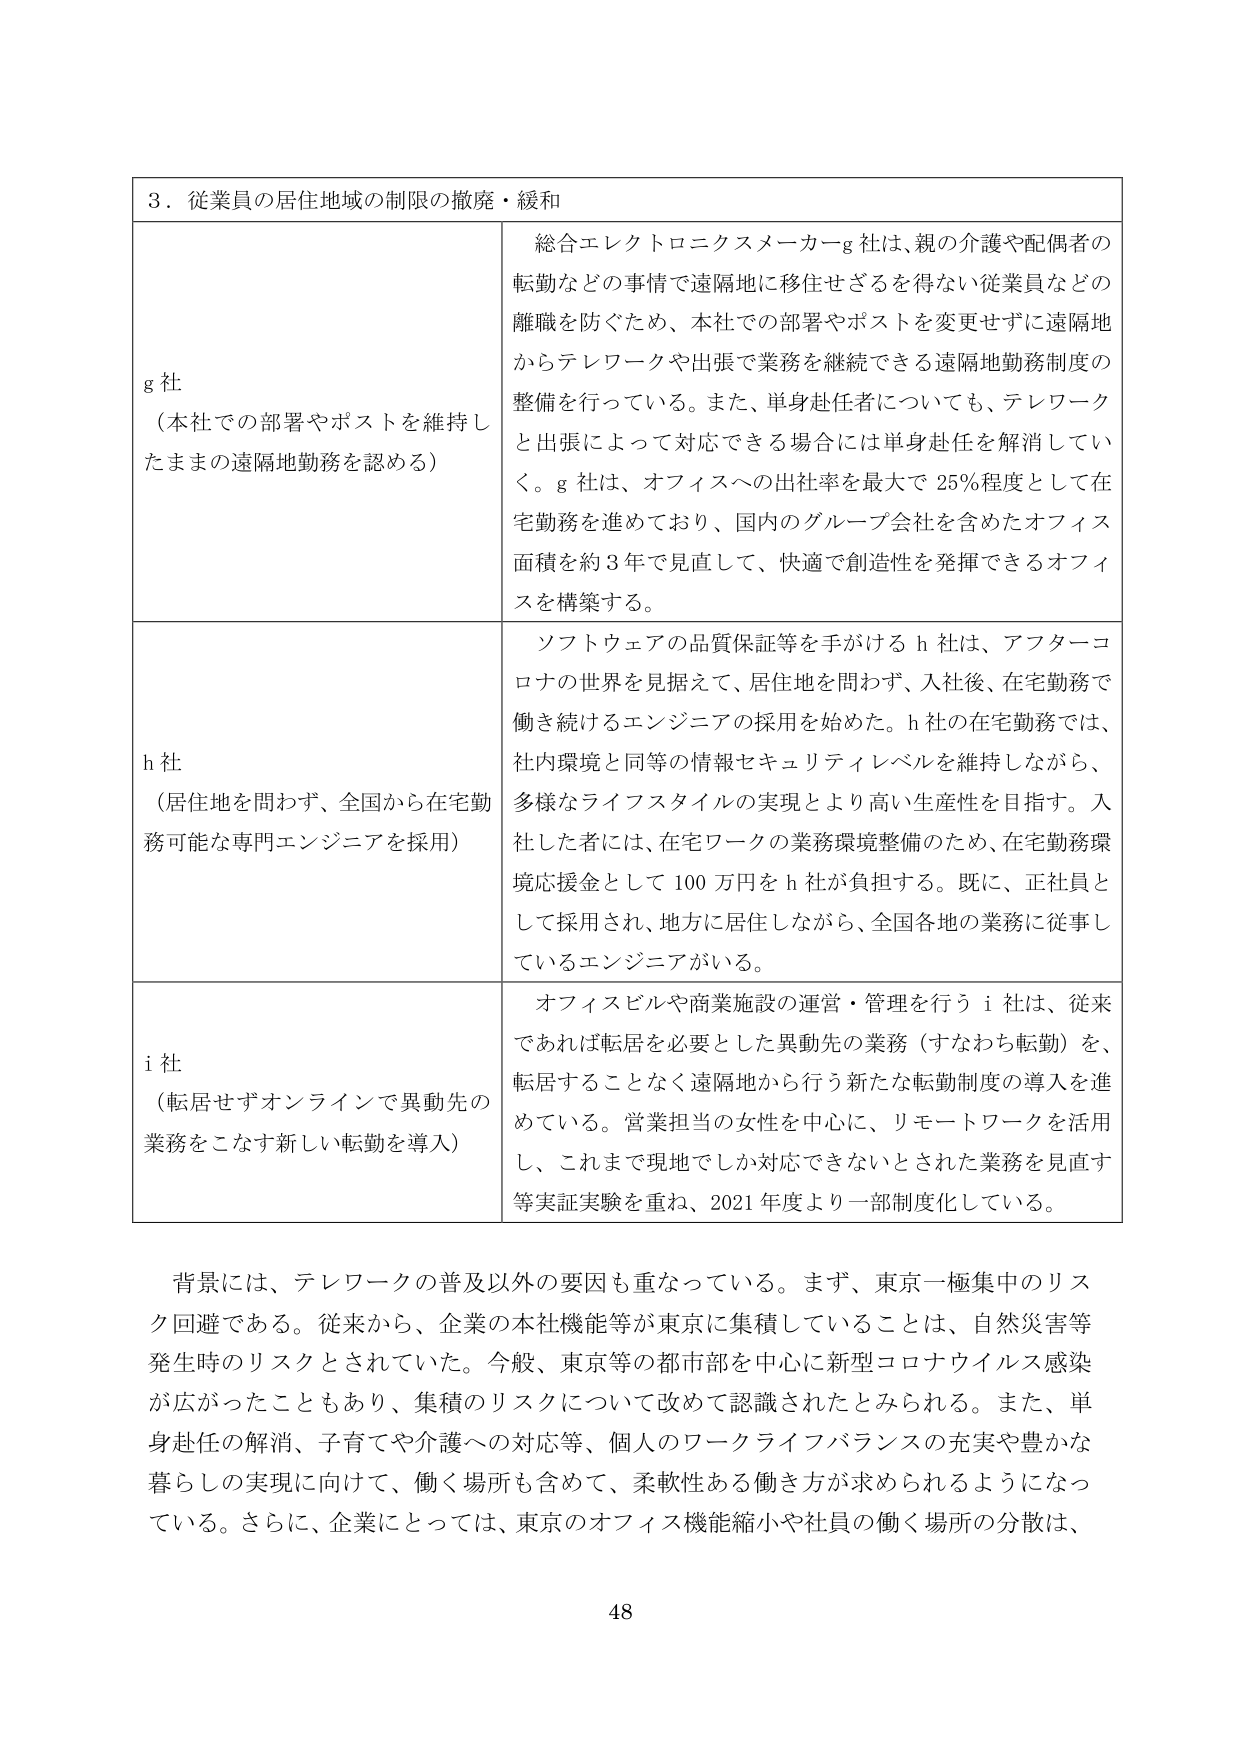
３．従業員の居住地域の制限の撤廃・緩和

g 社
（本社での部署やポストを維持したままの遠隔地勤務を認める）
総合エレクトロニクスメーカーg 社は、親の介護や配偶者の転勤などの事情で遠隔地に移住せざるを得ない従業員などの離職を防ぐため、本社での部署やポストを変更せずに遠隔地からテレワークや出張で業務を継続できる遠隔地勤務制度の整備を行っている。また、単身赴任者についても、テレワークと出張によって対応できる場合には単身赴任を解消していく。g 社は、オフィスへの出社率を最大で 25％程度として在宅勤務を進めており、国内のグループ会社を含めたオフィス面積を約 3 年で見直して、快適で創造性を発揮できるオフィスを構築する。

h 社
（居住地を問わず、全国から在宅勤務可能な専門エンジニアを採用）
ソフトウェアの品質保証等を手がける h 社は、アフターコロナの世界を見据えて、居住地を問わず、入社後、在宅勤務で働き続けるエンジニアの採用を始めた。h 社の在宅勤務では、社内環境と同等の情報セキュリティレベルを維持しながら、多様なライフスタイルの実現とより高い生産性を目指す。入社した者には、在宅ワークの業務環境整備のため、在宅勤務環境応援金として 100 万円を h 社が負担する。既に、正社員として採用され、地方に居住しながら、全国各地の業務に従事しているエンジニアがいる。

i 社
（転居せずオンラインで異動先の業務をこなす新しい転勤を導入）
オフィスビルや商業施設の運営・管理を行う i 社は、従来であれば転居を必要とした異動先の業務（すなわち転勤）を、転居することなく遠隔地から行う新たな転勤制度の導入を進めている。営業担当の女性を中心に、リモートワークを活用し、これまで現地でしか対応できないとされた業務を見直す等実証実験を重ね、2021 年度より一部制度化している。

背景には、テレワークの普及以外の要因も重なっている。まず、東京一極集中のリスク回避である。従来から、企業の本社機能等が東京に集積していることは、自然災害等発生時のリスクとされていた。今般、東京等の都市部を中心に新型コロナウイルス感染が広がったこともあり、集積のリスクについて改めて認識されたとみられる。また、単身赴任の解消、子育てや介護への対応等、個人のワークライフバランスの充実や豊かな暮らしの実現に向けて、働く場所も含めて、柔軟性ある働き方が求められるようになっている。さらに、企業にとっては、東京のオフィス機能縮小や社員の働く場所の分散は、

48